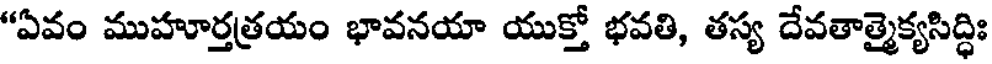
"ఏవం ముహూర్తత్రయం భావనయా యుక్తో భవతి, తస్య దేవతాత్మైక్యసిద్ధిః